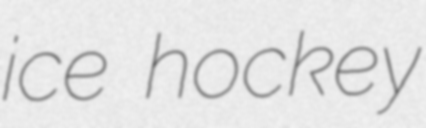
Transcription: ice hockey